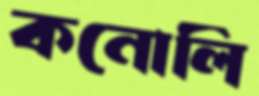
কনোলি